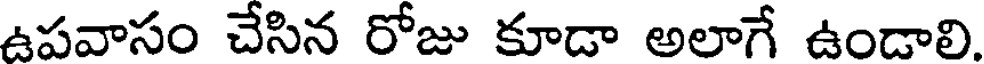
ఉపవాసం చేసిన రోజు కూడా అలాగే ఉండాలి.